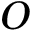
O